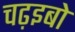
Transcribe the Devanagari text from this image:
चढ़इबो